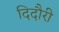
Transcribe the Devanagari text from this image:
दिदौरी